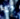
إنه